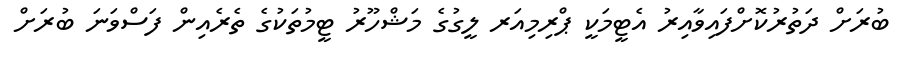
ބުރަށް ދަތުރުކޮށްފައިވާއިރު އެޓީމަކީ ޕްރިމިއަރ ލީގުގެ މަޝްހޫރު ޓީމުތަކުގެ ތެރެއިން ފަސްވަނަ ބުރަށް